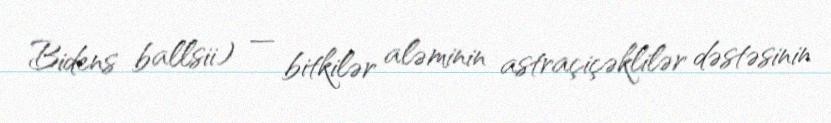
Bidens ballsii) — bitkilər aləminin astraçiçəklilər dəstəsinin